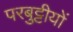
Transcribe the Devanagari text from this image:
परबुट्टीयों